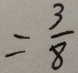
= \frac { 3 } { 8 }